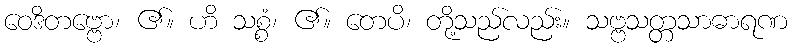
ဝေဒိတဗ္ဗော၊ ၏။ ဟိ သစ္စံ၊ ၏။ တေပိ၊ တို့သည်လည်း။ သဗ္ဗသတ္တသာဓာရဏ